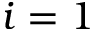
i = 1